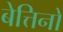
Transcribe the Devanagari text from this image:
बेत्तिनो